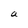
Character: a